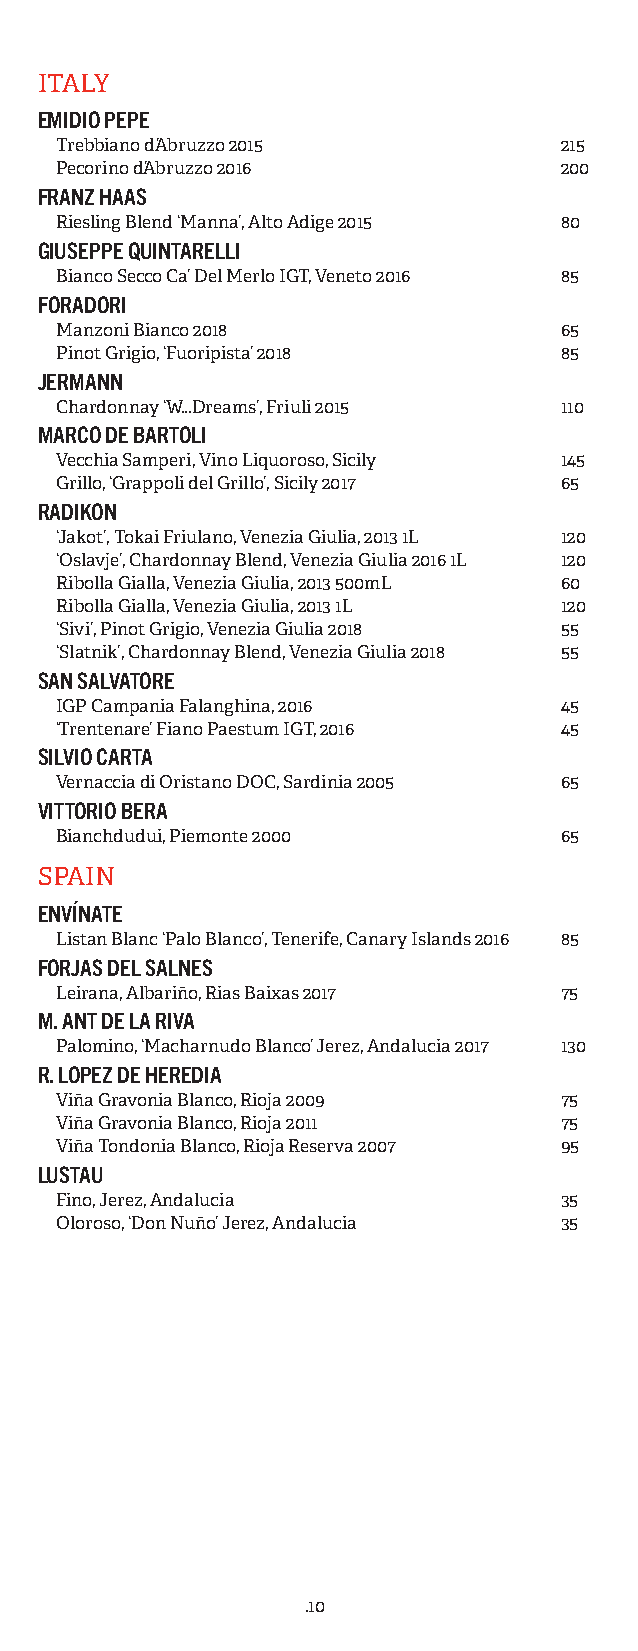
ITALY
 EMIDIO PEPE
 Trebbiano d’Abruzzo 2015         215
 Pecorino d’Abruzzo 2016          200
 FRANZ HAAS
 Riesling Blend ‘Manna’, Alto Adige 2015 80
 GIUSEPPE QUINTARELLI
 Bianco Secco Ca’ Del Merlo IGT, Veneto 2016 85
 FORADORI
 Manzoni Bianco 2018              65
 Pinot Grigio, ‘Fuoripista’ 2018  85
 JERMANN
 Chardonnay ‘W...Dreams’, Friuli 2015 110
 MARCO DE BARTOLI
 Vecchia Samperi, Vino Liquoroso, Sicily 145
 Grillo, ‘Grappoli del Grillo’, Sicily 2017 65
 RADIKON
 ‘Jakot’, Tokai Friulano, Venezia Giulia, 2013 1L 120
 ‘Oslavje’, Chardonnay Blend, Venezia Giulia 2016 1L 120
 Ribolla Gialla, Venezia Giulia, 2013 500mL 60
 Ribolla Gialla, Venezia Giulia, 2013 1L 120
 ‘Sivi’, Pinot Grigio, Venezia Giulia 2018 55
 ‘Slatnik’, Chardonnay Blend, Venezia Giulia 2018 55
 SAN SALVATORE
 IGP Campania Falanghina, 2016    45
 ‘Trentenare’ Fiano Paestum IGT, 2016 45
 SILVIO CARTA
 Vernaccia di Oristano DOC, Sardinia 2005 65
 VITTORIO BERA
 Bianchdudui, Piemonte 2000       65
 SPAIN
 ENVÍNATE
 Listan Blanc ‘Palo Blanco’, Tenerife, Canary Islands 2016 85
 FORJAS DEL SALNES
 Leirana, Albariño, Rias Baixas 2017 75
 M. ANT DE LA RIVA
 Palomino, ‘Macharnudo Blanco’ Jerez, Andalucia 2017 130
 R. LOPEZ DE HEREDIA
 Viña Gravonia Blanco, Rioja 2009 75
 Viña Gravonia Blanco, Rioja 2011 75
 Viña Tondonia Blanco, Rioja Reserva 2007 95
 LUSTAU
 Fino, Jerez, Andalucia           35
 Oloroso, ‘Don Nuño’ Jerez, Andalucia 35
 .10